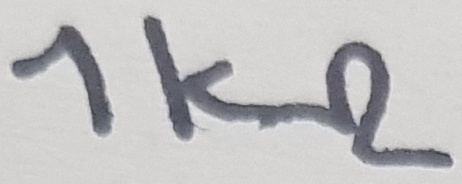
Text: 1kΩ